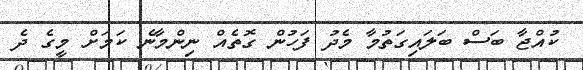
ކުއްޖާ ބަސް ބަލައިގަތުމާ މެދު ފަހުން ގޮތެއް ނިންމާނެ ކަމަށް މީގެ ދެ